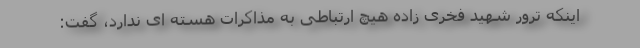
اینکه ترور شهید فخری زاده هیچ ارتباطی به مذاکرات هسته ای ندارد، گفت: